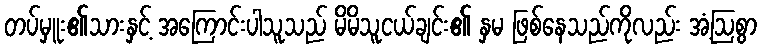
တပ်မှူး၏သားနှင့် အကြောင်းပါသူသည် မိမိသူငယ်ချင်း၏ နှမ ဖြစ်နေသည်ကိုလည်း အံ့ဩစွာ